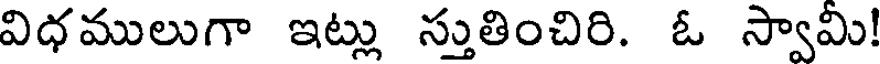
విధములుగా ఇట్లు స్తుతించిరి. ఓ స్వామి!